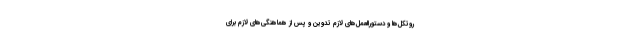
روتکل‌ها و دستورالعمل‌های لازم تدوین و پس از هماهنگی‌های لازم برای